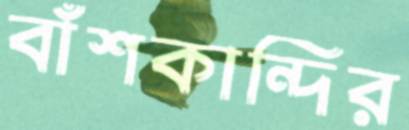
বাঁশকান্দির